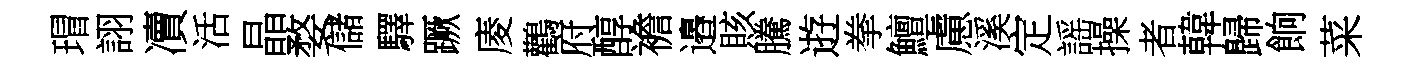
瑁詡凟活晶婺儲驛蹶庱鸛府醇襜邉賅騰逰拳鱣慮溪定謡操者韓歸餉菜